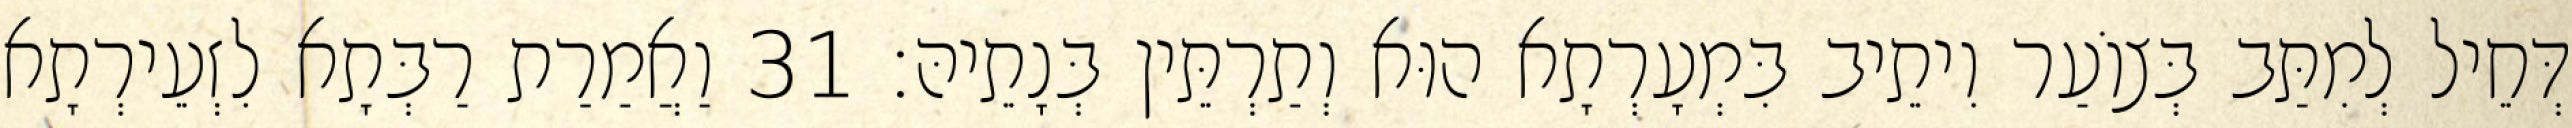
דְּחֵיל לְמִתַּב בְּצוֹעַר וִיתֵיב בִּמְעָרְתָא הוּא וְתַרְתֵּין בְּנָתֵיהּ׃ 31 וַאֲמַרַת רַבְּתָא לִזְעֵירְתָא